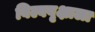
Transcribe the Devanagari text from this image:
बिल्ववृक्षाला